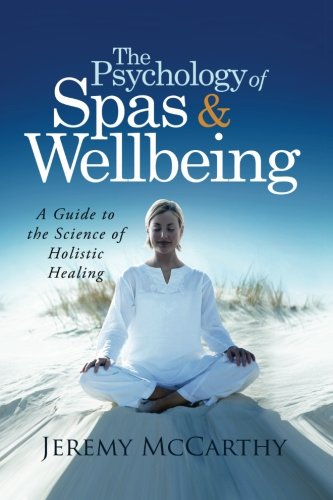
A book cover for The Psychology of Spas & Wellbeing: A Guide to the Science of Holistic Healing; Jeremy McCarthy; Travel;